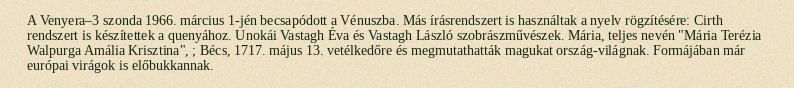
A Venyera–3 szonda 1966. március 1-jén becsapódott a Vénuszba. Más írásrendszert is használtak a nyelv rögzítésére: Cirth rendszert is készítettek a quenyához. Unokái Vastagh Éva és Vastagh László szobrászművészek. Mária, teljes nevén "Mária Terézia Walpurga Amália Krisztina", ; Bécs, 1717. május 13. vetélkedőre és megmutathatták magukat ország-világnak. Formájában már európai virágok is előbukkannak.